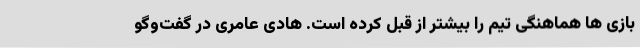
بازی ها هماهنگی تیم را بیشتر از قبل کرده است. هادی عامری در گفت‌وگو